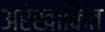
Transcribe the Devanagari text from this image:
अरेखांकित